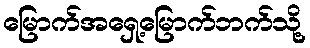
မြောက်အရှေ့မြောက်ဘက်သို့